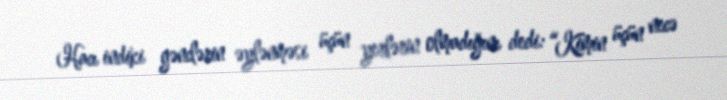
Hacı indiki gənclərin əylənməsi üçün yerlərin olmadığını dedi: “Kimin üçün necə